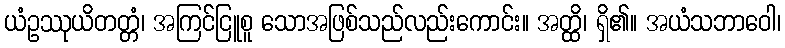
ယံဥဿုယိတတ္တံ၊ အကြင်ငြူစူ သောအဖြစ်သည်လည်းကောင်း။ အတ္ထိ၊ ရှိ၏။ အယံသဘာဝေါ၊